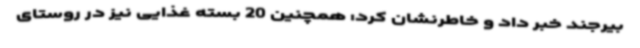
بیرجند خبر داد و خاطرنشان کرد: همچنین 20 بسته غذایی نیز در روستای